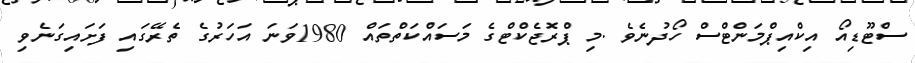
ސްޓޫޑިއޯ އިކްއިޕްމަންޓްސް ހޯދުނެވެ .މި ޕްރޮޖެކްޓްގެ މަސައްކަތްތައް 1980ވަނަ އަހަރުގެ ތެރޭގައި ފަށައިގަނެވި